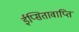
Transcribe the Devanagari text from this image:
ईप्सितावाप्ति